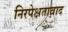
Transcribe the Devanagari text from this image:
निरपेक्षतावाद